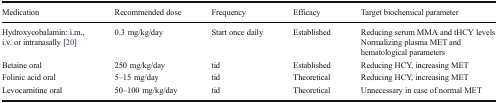
<table><thead><tr><td><b>Medication</b></td><td><b>Recommended dose</b></td><td><b>Frequency</b></td><td><b>Efficacy</b></td><td><b>Target biochemical parameter</b></td></tr></thead><tbody><tr><td>Hydroxycobalamin: i.m., i.v. or intranasally [20]</td><td>0.3 mg/kg/day</td><td>Start once daily</td><td>Established</td><td>Reducing serum MMA and tHCY levelsNormalizing plasma MET and hematological parameters</td></tr><tr><td>Betaine oral</td><td>250 mg/kg/day</td><td>tid</td><td>Established</td><td>Reducing HCY, increasing MET</td></tr><tr><td>Folinic acid oral</td><td>5–15 mg/day</td><td>tid</td><td>Theoretical</td><td>Reducing HCY, increasing MET</td></tr><tr><td>Levocarnitine oral</td><td>50–100 mg/kg/day</td><td>tid</td><td>Theoretical</td><td>Unnecessary in case of normal MET</td></tr></tbody></table>